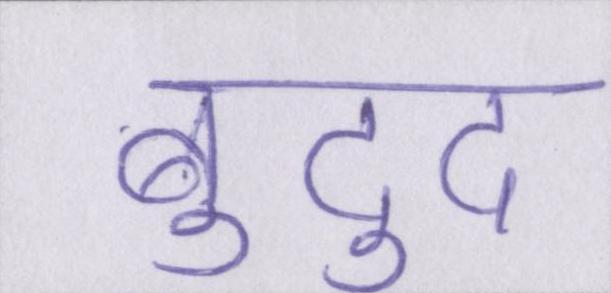
बुद्दु